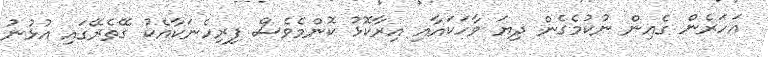
އަހަރެން ގެއިން ނުކުމެގެން ދިޔަ ވާހަކައާއި އިރާކޮޅު ކޮންމެވެސް ފިރިހެނަކާއެކު ގޭތެރޭގައި އުޅުނު